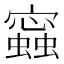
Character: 𧒧